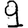
Digit: 9